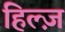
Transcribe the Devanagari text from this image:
हिल्ज़